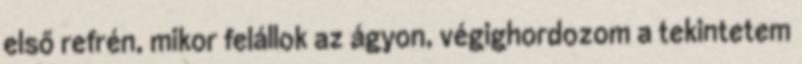
első refrén, mikor felállok az ágyon, végighordozom a tekintetem